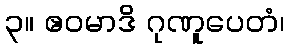
၃။ ဧဝမာဒိ ဂုဏူပေတံ၊